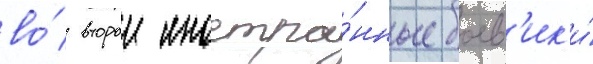
во́ второи иностра́нные боев'ик'и́